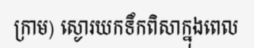
ក្រាម) ស្ងោរយកទឹកពិសាក្នុងពេល